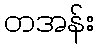
တအန်း